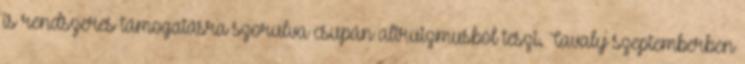
is rendszeres támogatásra szorulva csupán altruizmusból teszi. Tavaly szeptemberben